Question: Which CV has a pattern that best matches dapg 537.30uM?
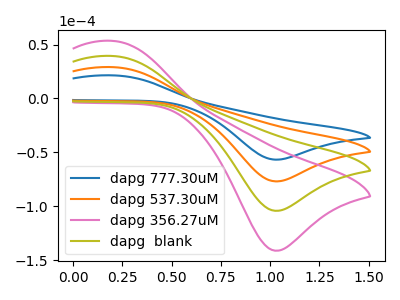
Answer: <think>The blue curve "dapg 777.30uM" has an anodic peak at (0.20V, 21.45uA) and a cathodic peak at (1.05V, -56.70uA). The orange curve "dapg 537.30uM" has an anodic peak at (0.20V, 29.05uA) and a cathodic peak at (1.05V, -76.85uA). The pink curve "dapg 356.27uM" has an anodic peak at (0.20V, 87.20uA) and a cathodic peak at (1.05V, -230.60uA). The olive curve "dapg  blank" has an anodic peak at (0.20V, 58.15uA) and a cathodic peak at (1.05V, -153.70uA).
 All the peaks in "dapg 777.30uM" have a peak in "dapg 537.30uM" at the same potential. Every peak in "dapg 777.30uM" is lower than every peak in "dapg 537.30uM". All the peaks in "dapg 777.30uM" have a peak in "dapg 356.27uM" at the same potential. Every peak in "dapg 777.30uM" is lower than every peak in "dapg 356.27uM". All the peaks in "dapg 777.30uM" have a peak in "dapg  blank" at the same potential. Every peak in "dapg 777.30uM" is lower than every peak in "dapg  blank". All the peaks in "dapg 537.30uM" have a peak in "dapg 356.27uM" at the same potential. Every peak in "dapg 537.30uM" is lower than every peak in "dapg 356.27uM". All the peaks in "dapg 537.30uM" have a peak in "dapg  blank" at the same potential. Every peak in "dapg 537.30uM" is lower than every peak in "dapg  blank". All the peaks in "dapg 356.27uM" have a peak in "dapg  blank" at the same potential. Every peak in "dapg 356.27uM" is higher than every peak in "dapg  blank".</think>
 <answer>"dapg 537.30uM", "dapg 356.27uM" and "dapg  blank" have a similar shape to "dapg 777.30uM".</answer>
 <eval>"dapg 537.30uM" "dapg 356.27uM" "dapg  blank"</eval>